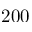
2 0 0